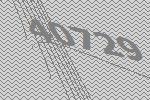
40729